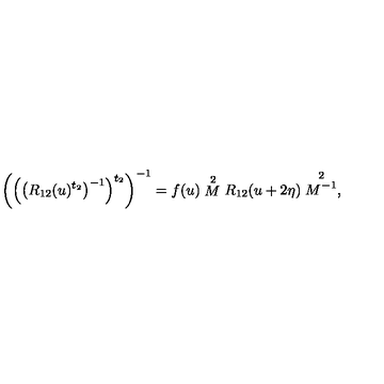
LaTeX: \left( \left( \left( R _ { 1 2 } ( u ) ^ { t _ { 2 } } \right) ^ { - 1 } \right) ^ { t _ { 2 } } \right) ^ { - 1 } = f ( u ) \stackrel { 2 } { M } R _ { 1 2 } ( u + 2 \eta ) \stackrel { 2 } { M ^ { - 1 } } ,